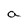
Character: a